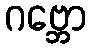
ဂဗ္ဘော